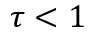
\tau < 1